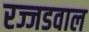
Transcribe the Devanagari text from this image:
रज्जडवाल